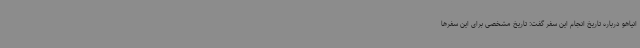
انیاهو درباره تاریخ انجام این سفر گفت: تاریخ مشخصی برای این سفرها